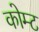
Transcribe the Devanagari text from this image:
कोम्ट